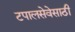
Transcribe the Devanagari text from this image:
टपालसेवेसाठी